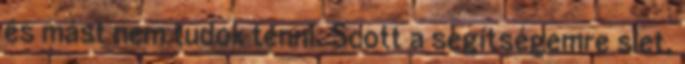
és mást nem tudok tenni. Scott a segítségemre siet,